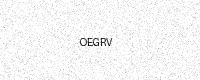
Text: OEGRV